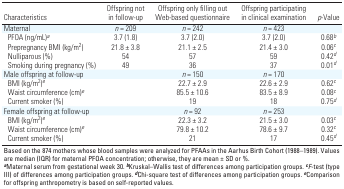
| Characteristics | Offspring not in follow-up | Offspring only filling out Web-based questionnaire | Offspring participating in clinical examination | p-Value |
 | --- | --- | --- | --- | --- |
 | Maternal |  | n = 209 |  | n = 242 |  | n = 423 |  |  |
 | PFOA (ng/mL)a |  | 3.7 (1.8) |  | 3.7 (2.0) |  | 3.7 (2.0) |  | 0.68b |
 | Prepregnancy BMI (kg/m2) |  | 21.8 ± 3.8 |  | 21.1 ± 2.5 |  | 21.4 ± 3.0 |  | 0.06c |
 | Nulliparous (%) |  | 54 |  | 57 |  | 59 |  | 0.42d |
 | Smoking during pregnancy (%) |  | 49 |  | 36 |  | 37 |  | 0.01d |
 | Male offspring at follow-up |  |  |  | n = 150 |  | n = 170 |  |  |
 | BMI (kg/m2)e |  |  |  | 22.7 ± 2.9 |  | 22.6 ± 2.9 |  | 0.62c |
 | Waist circumference (cm)e |  |  |  | 85.5 ± 10.6 |  | 83.5 ± 8.9 |  | 0.08c |
 | Current smoker (%) |  |  |  | 19 |  | 18 |  | 0.75d |
 | Female offspring at follow-up |  |  |  | n = 92 |  | n = 253 |  |  |
 | BMI (kg/m2)e |  |  |  | 22.3 ± 3.2 |  | 21.5 ± 3.0 |  | 0.03c |
 | Waist circumference (cm)e |  |  |  | 79.8 ± 10.2 |  | 78.6 ± 9.7 |  | 0.32c |
 | Current smoker (%) |  |  |  | 21 |  | 17 |  | 0.45d |
 | <COLSPAN=9> Based on the 874 mothers whose blood samples were analyzedfor PFAAs in the Aarhus Birth Cohort (1988–1989). Values are median(IQR) for maternal PFOA concentration; otherwise, they are mean ± SD or%. aMaternal serum from gestational week 30. bKruskal–Wallis test ofdifferences among participation groups. cF-test (type III) ofdifferences among participation groups. dChi-square test of differencesamong participation groups. eComparison for offspring anthropometry isbased on self-reported values. |